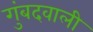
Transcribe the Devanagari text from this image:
गुंबदवाली